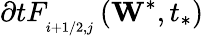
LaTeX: \partial tF_{_{i+1/2,j}}^{{}}\left({{\mathbf{W}}^{*}},{{t}_{*}}\right)